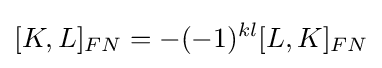
[K,L]_{FN}=-(-1)^{kl}[L,K]_{FN}